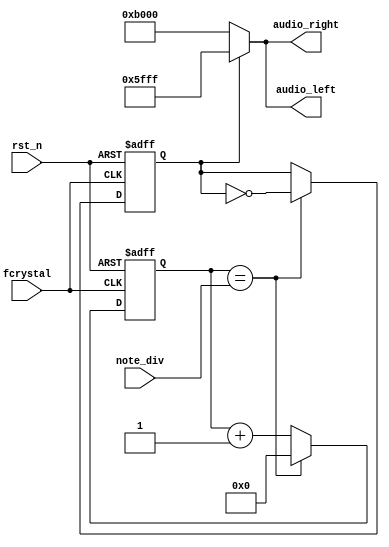
`timescale 1ns / 1ps
//////////////////////////////////////////////////////////////////////////////////
// Company: 
// Engineer: 
// 
// Design Name: 
// Module Name: buzzer_control
// Project Name: 
// Target Devices: 
// Tool Versions: 
// Description: 
// 
// Dependencies: 
// 
// Revision:
// Revision 0.01 - File Created
// Additional Comments:
// 
//////////////////////////////////////////////////////////////////////////////////


module buzzer_control(
    input fcrystal,
    input rst_n,
    input [21:0] note_div,
    output [15:0] audio_left,
    output [15:0] audio_right
);
reg [21:0] temp_clk_cnt, clk_cnt; 
reg b_clk, temp_b_clk; 
    
// Note frequency generation 
always @(posedge fcrystal or negedge rst_n) 
    if (~rst_n) begin 
        clk_cnt <= 22'd0; 
        b_clk <= 1'b0; 
    end 
    else begin 
        clk_cnt <= temp_clk_cnt; 
        b_clk <= temp_b_clk; 
    end 
always @* 
    if (clk_cnt == note_div) begin 
        temp_clk_cnt = 22'd0; 
        temp_b_clk = ~b_clk; 
    end 
    else begin 
        temp_clk_cnt = clk_cnt + 1'b1; 
        temp_b_clk = b_clk; 
    end 
// Assign the amplitude of the note 
assign audio_left = (b_clk == 1'b0) ? 16'hB000 : 16'h5FFF; 
assign audio_right = (b_clk == 1'b0) ? 16'hB000 : 16'h5FFF; 

endmodule